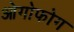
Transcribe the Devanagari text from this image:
ओगोफोग